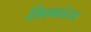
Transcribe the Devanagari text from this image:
शिवमहोत्सव